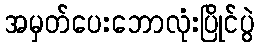
အမှတ်ပေးဘောလုံးပြိုင်ပွဲ